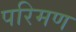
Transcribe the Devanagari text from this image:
परिमण